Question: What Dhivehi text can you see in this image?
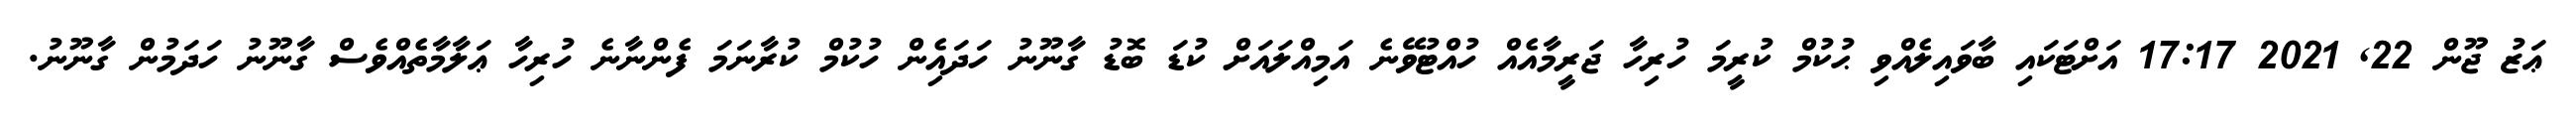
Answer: ޢަޒު ޖޫން 22, 2021 17:17 އަށްޓަކައި ބާވައިލެއްވި ޙުކުމް ކުރީމަ ހުރިހާ ޖަރީމާއެއް ހުއްޓުވޭނެ އަމިއްލައަށް ކުޑަ ބޮޑު ގާނޫނު ހަދައިެން ހުކުމް ކުރާނަމަ ފެންނާނެ ހުރިހާ ޢަލާމާތެއްވެސް ގާނޫނު ހަދަމުން ގާނޫނު.